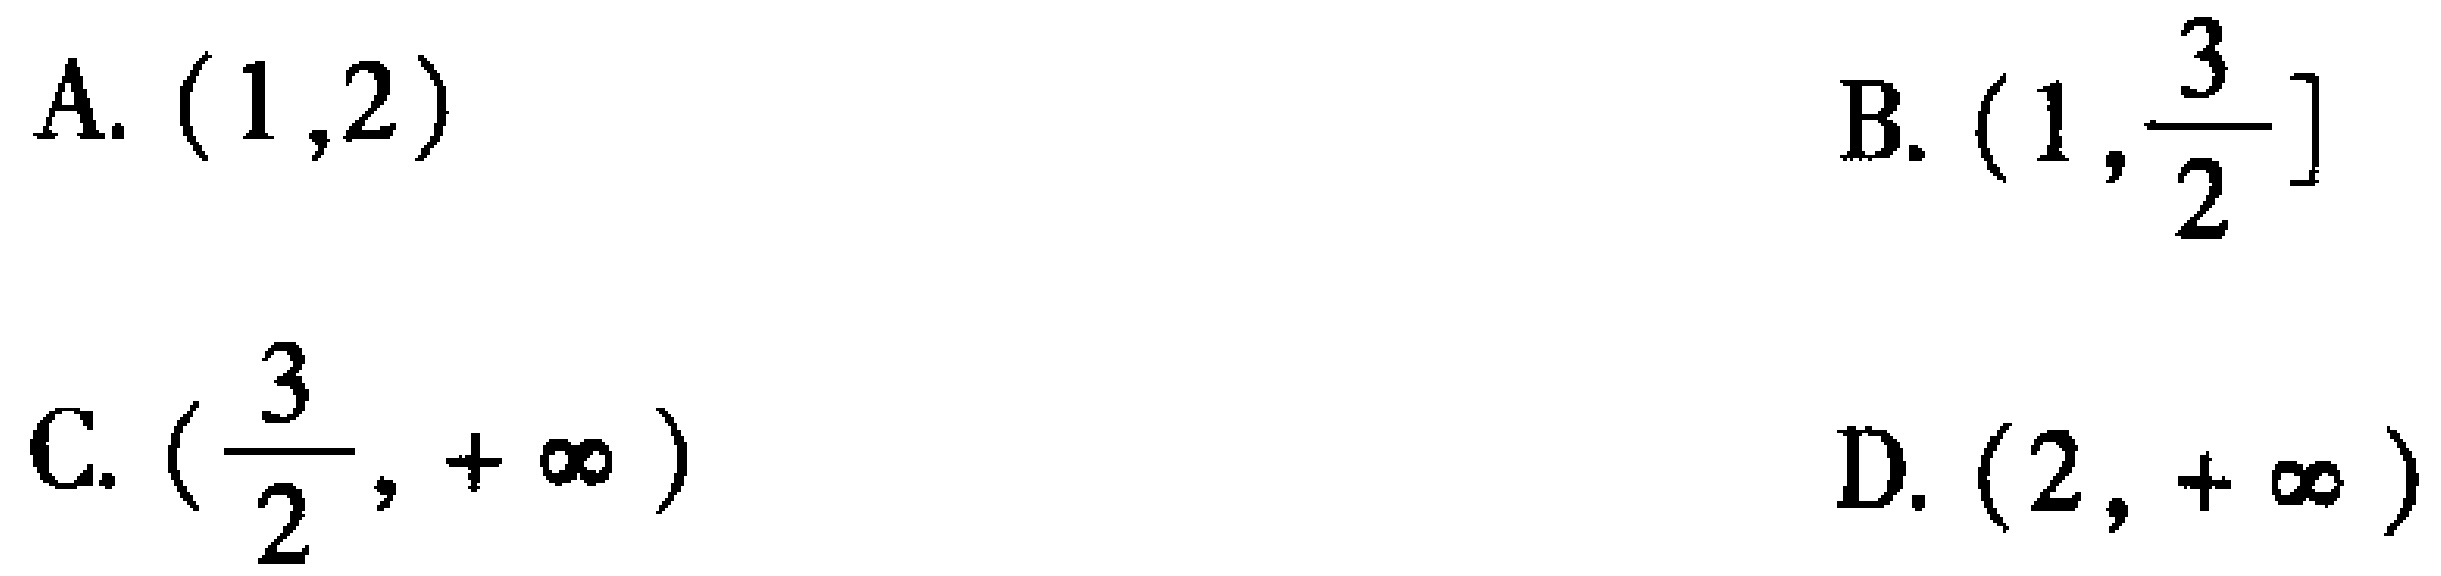
A. \((1,2)\)

B. \((1,\frac{3}{2}]\)

C. \((\frac{3}{2},+\infty)\)

D. \((2,+\infty)\)